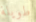
طويلة